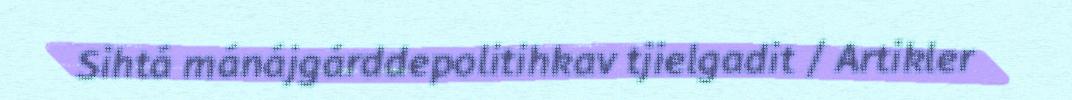
Sihtá mánájgárddepolitihkav tjielgadit / Artikler